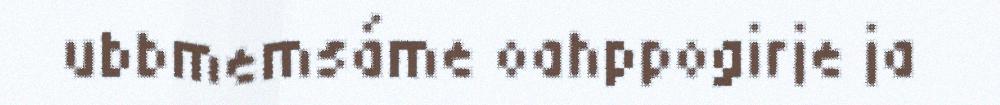
ubbmemsáme oahppogirje ja